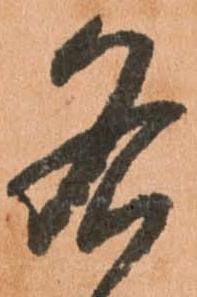
各